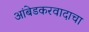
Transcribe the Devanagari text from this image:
आंबेडकरवादाचा